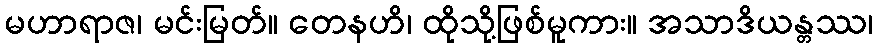
မဟာရာဇ၊ မင်းမြတ်။ တေနဟိ၊ ထိုသို့ဖြစ်မူကား။ အသာဒိယန္တဿ၊